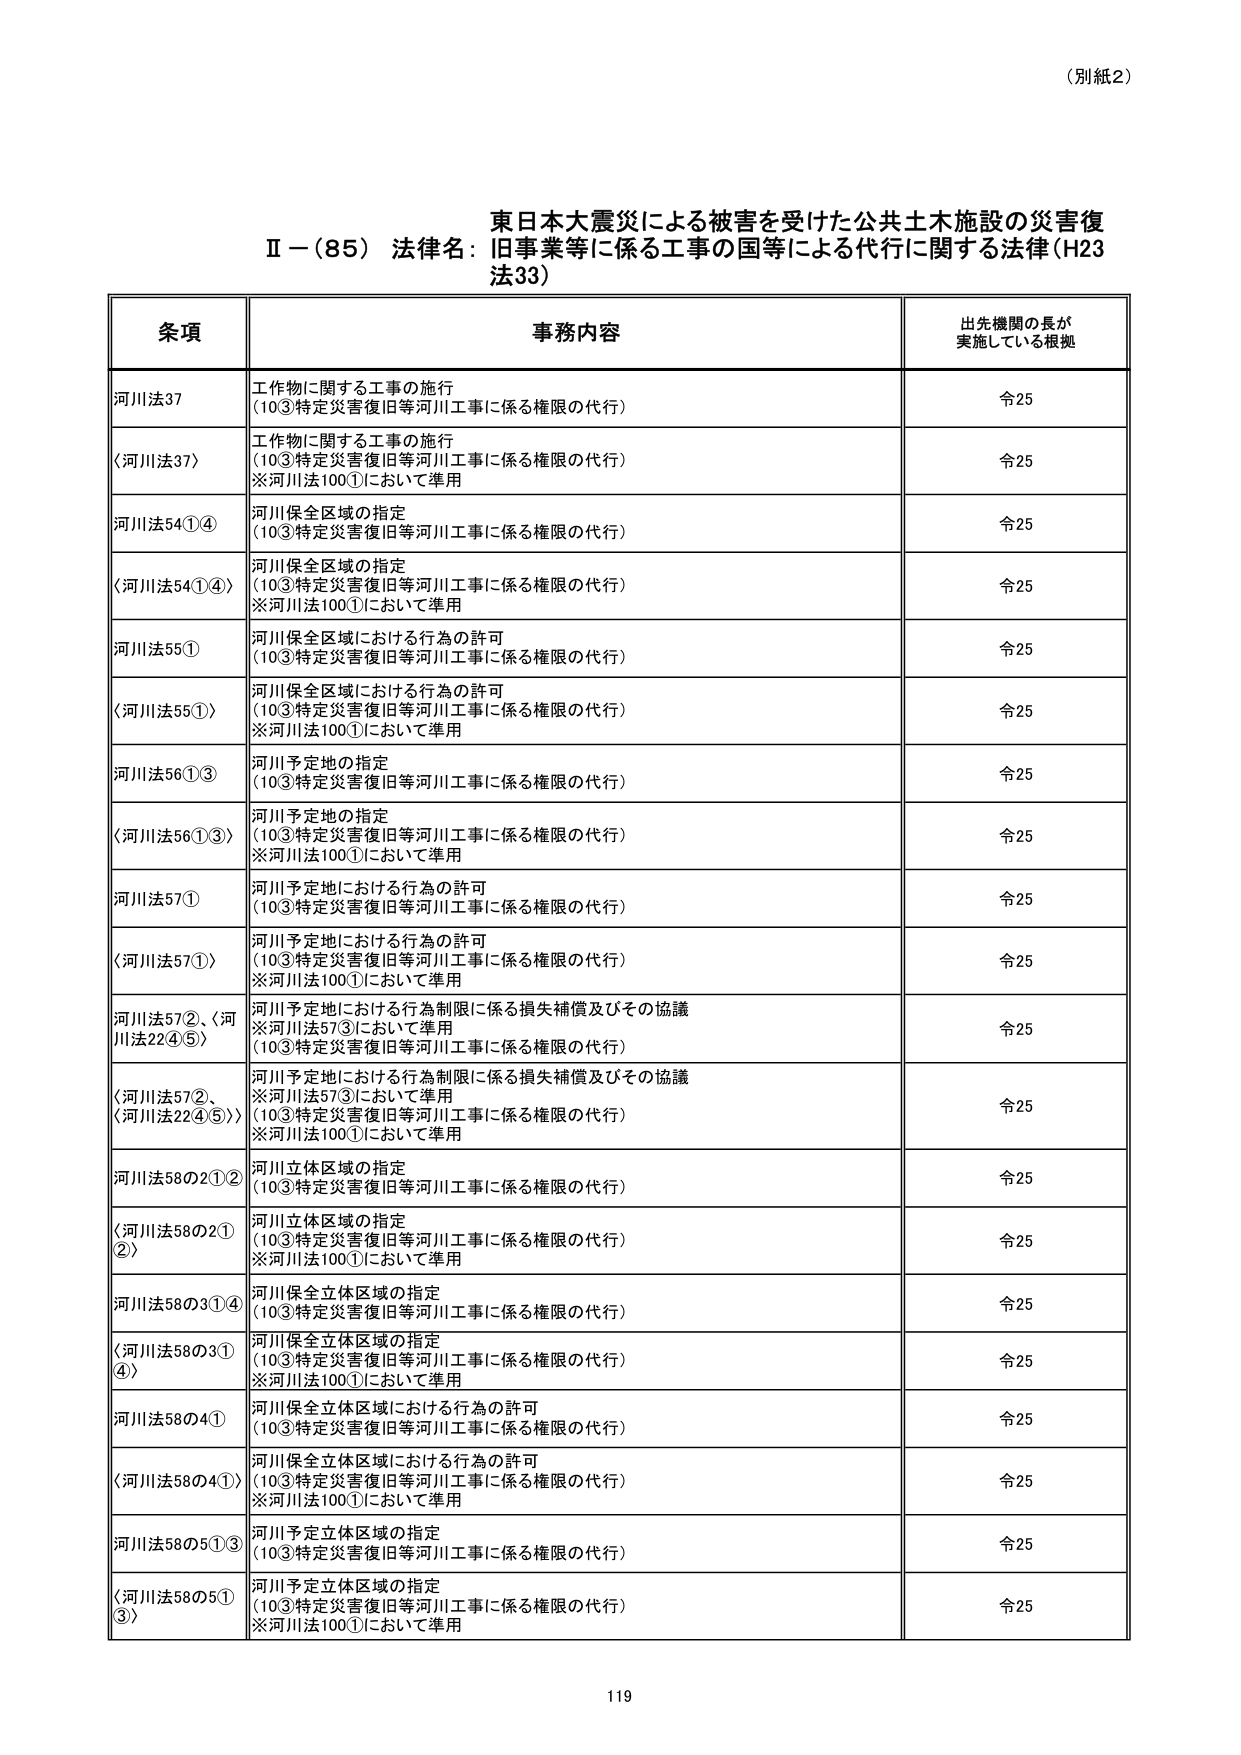
（別紙2）

東日本大震災による被害を受けた公共土木施設の災害復
Ⅱ－（85）法律名：旧事業等に係る工事の国等による代行に関する法律（H23
法33）

条項 事務内容 出先機関の長が
実施している根拠

河川法37 工作物に関する工事の施行
（10③特定災害復旧等河川工事に係る権限の代行） 令25

〈河川法37〉 工作物に関する工事の施行
（10③特定災害復旧等河川工事に係る権限の代行）
※河川法100①において準用 令25

河川法54①④ 河川保全区域の指定
（10③特定災害復旧等河川工事に係る権限の代行） 令25

〈河川法54①④〉 河川保全区域の指定
（10③特定災害復旧等河川工事に係る権限の代行）
※河川法100①において準用 令25

河川法55① 河川保全区域における行為の許可
（10③特定災害復旧等河川工事に係る権限の代行） 令25

〈河川法55①〉 河川保全区域における行為の許可
（10③特定災害復旧等河川工事に係る権限の代行）
※河川法100①において準用 令25

河川法56①③ 河川予定地の指定
（10③特定災害復旧等河川工事に係る権限の代行） 令25

〈河川法56①③〉 河川予定地の指定
（10③特定災害復旧等河川工事に係る権限の代行）
※河川法100①において準用 令25

河川法57① 河川予定地における行為の許可
（10③特定災害復旧等河川工事に係る権限の代行） 令25

〈河川法57①〉 河川予定地における行為の許可
（10③特定災害復旧等河川工事に係る権限の代行）
※河川法100①において準用 令25

河川法57②、〈河川法22④⑤〉 河川予定地における行為制限に係る損失補償及びその協議
※河川法57③において準用
（10③特定災害復旧等河川工事に係る権限の代行） 令25

〈河川法57②、〈河川法22④⑤〉〉 河川予定地における行為制限に係る損失補償及びその協議
※河川法57③において準用
（10③特定災害復旧等河川工事に係る権限の代行）
※河川法100①において準用 令25

河川法58の2①② 河川立体区域の指定
（10③特定災害復旧等河川工事に係る権限の代行） 令25

〈河川法58の2①②〉 河川立体区域の指定
（10③特定災害復旧等河川工事に係る権限の代行）
※河川法100①において準用 令25

河川法58の3①④ 河川保全立体区域の指定
（10③特定災害復旧等河川工事に係る権限の代行） 令25

〈河川法58の3①④〉 河川保全立体区域の指定
（10③特定災害復旧等河川工事に係る権限の代行）
※河川法100①において準用 令25

河川法58の4① 河川保全立体区域における行為の許可
（10③特定災害復旧等河川工事に係る権限の代行） 令25

〈河川法58の4①〉 河川保全立体区域における行為の許可
（10③特定災害復旧等河川工事に係る権限の代行）
※河川法100①において準用 令25

河川法58の5①③ 河川予定立体区域の指定
（10③特定災害復旧等河川工事に係る権限の代行） 令25

〈河川法58の5①③〉 河川予定立体区域の指定
（10③特定災害復旧等河川工事に係る権限の代行）
※河川法100①において準用 令25

119